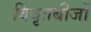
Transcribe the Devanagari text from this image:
विवृतबीजों